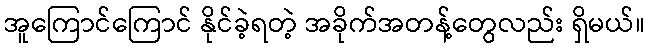
အူကြောင်ကြောင် နိုင်ခဲ့ရတဲ့ အခိုက်အတန့်တွေလည်း ရှိမယ်။